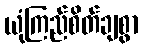
ယုံကြည်စိတ်ချစွာ